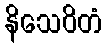
နိသေဝိတံ